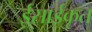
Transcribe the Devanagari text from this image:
ईसाईकृत